Indian journal of veterinary science and animal husbandry - Volume 2,
Year: 1932
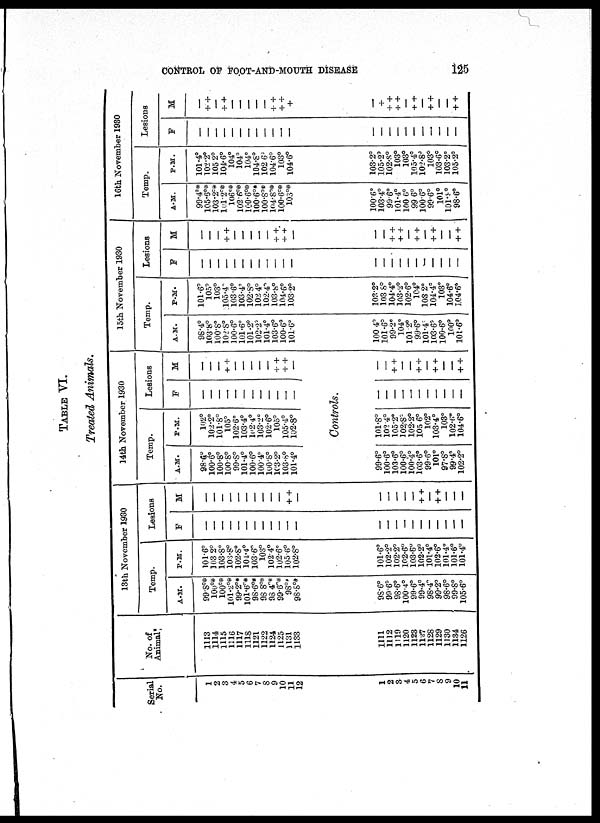
CONTROL OF FOOT-AND-MOUTH DISEASE
125
TABLE VI.
Treated Animals.
Serial
No.
1
2
3
4
5
6
7
8
9
10
11
12
No. of
Animal.
1113
1114
1115
1116
1117
1118
1121
1122
1124
1125
1131
1133
13th November 1930
Temp.
A. M.
99.8°*
100°*
100°*
101.2°*
99.2°*
101.6°*
98.6°*
98.8°*
98.4°*
99.6°*
98°*
98 .8°*
P. M.
101.6°
103.2°
103.8°
103.8°
102.8°
104.4°
103.6°
103°
102.4°
102.6°
105.6°
102.8°
Lesions
F
—
—
—
—
—
—
—
—
—
—
—
—
M
—
—
—
—
—
—
—
—
—
—
+ +
—
1
2
3
4
5
6
7
8
9
10
11
1111
1112
1119
1120
1123
1127
1128
1129
1130
1134
1126
98.6°
99.6°
98.6°
100.4°
99.6°
99.4°
98.4°
99.2°
98.6°
99.8°
105.6°
101.6°
102.2°
102.2°
102.6°
103.6°
102.2°
101.4°
102.6°
101.4°
101.6°
101.4°
—
—
—
—
—
—
—
—
—
—
—
—
—
—
—
—
+ +
—
+ +
—
—
—
14th November 1930
Temp.
A. M.
98.6°
100.6°
100.8°
100.8°
99.8°
101.4°
100.6°
100.4°
100.8°
l03.2°
103.8°
101.4°
P. M.
102°
102.2°
101.8°
105°
102.6°
103.4°
102.4°
103.2°
102.6°
105°
105.4°
102.8°
Lesions
F
—
—
—
—
—
—
—
—
—
—
—
—
M
—
—
—
+ +
—
—
—
—
—
+ +
+ +
—
Controls.
99.6°
100.6°
103.6°
100.6°
100.4°
103.6°
99.6°
101°
97.8°
99.4°
102.2°
101.8°
102.4°
105.2°
102.8°
102.2°
105.6°
102°
103.4°
103°
102.6°
104.6°
—
—
—
—
—
—
—
—
—
—
—
—
—
+ +
—
—
+ +
—
+ +
—
—
+ +
15th November 1930
Temp.
A. M.
98.4°
103.8°
100.8°
102.8°
100.6°
101.6°
101.2°
102.2°
101.4°
103.6°
100.6°
101.6°
P. M.
101.6°
105°
103°
105.4°
103.6°
103.4°
102.8°
102.4°
102.4°
103.8°
104.6°
103.2°
Lesions.
F
—
—
—
—
—
—
—
—
—
—
—
—
M
—
—
—
++
—
—
—
—
—
+ +
++
—
16th November 1930
Temp.
A. M.
99.4°*
105.6°*
103.2°*
101.2°*
106°*
102.6°*
100.6°*
100.6°*
100.8°*
104.8°*
100.6°*
103°*
P. M.
101.4°
102.2°
105.2°
104.6°
104°
104°
104°
104.8°
102.6°
104.6°
103°
104.6°
Lesions
F
—
—
—
—
—
—
—
—
—
—
—
—
M
—
+ +
—
+ +
—
—
—
—
—
+ +
+ +
+
100.4°
101.6°
99.2°
104°
101.2°
99.6°
101.4°
103.6°
100.6°
100°
101.6°
103.2°
103.8°
104.4°
103.2°
102.6°
104°
103.2°
104.4°
103°
104.6°
104.6°
—
—
—
—
—
—
—
—
—
—
—
—
—
+ +
+ +
—
+ +
—
+ +
—
—
+ +
100.6°
103.4°
99.6°
101.4°
100.6°
99.6°
100.6°
99.6°
101°
101.8°
98.6°
103.2°
105.2°
102.8°
103°
103°
105.4°
102.8°
103°
103.6°
103.2°
105.2°
—
—
—
—
—
—
—
—
—
—
—
—
+
+ +
+ +
—
+ +
—
+ +
—
—
+ +